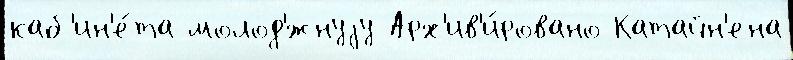
каб'ин'е́та молод'́жнуjу Арх'ив'и́ровано Катайн'ена